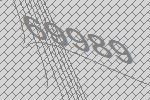
69989